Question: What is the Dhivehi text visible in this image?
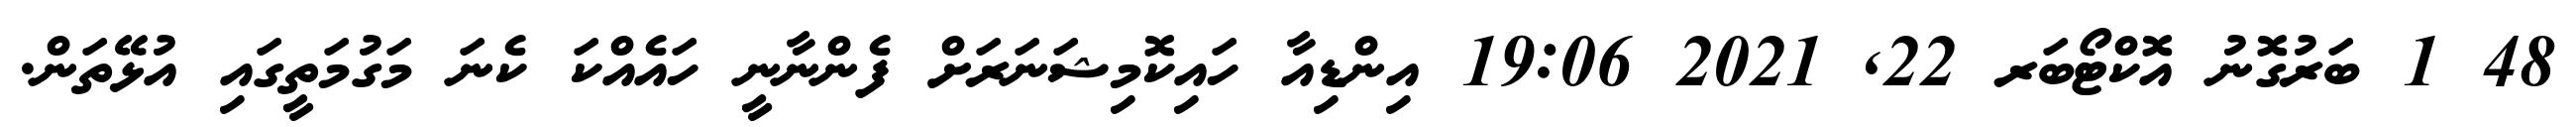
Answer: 48 1 ބަރުގޮނު އޮކްޓޯބަރ 22, 2021 19:06 އިންޑިއާ ހައިކޮމިޝަނަރަށް ފެންނާނީ ހައެއްކަ ކެނަ މަގުމަތީގައި އުޅޭތަން.